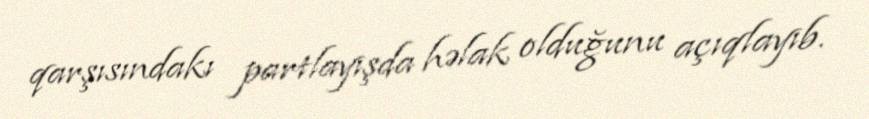
qarşısındakı partlayışda həlak olduğunu açıqlayıb.